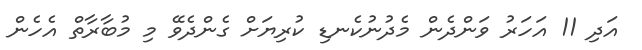
އަދި 11 އަހަރު ވަންދެން މެދުނުކެނޑި ކުރިޔަށް ގެންދެވޭ މި މުބާރާތް އެހެން